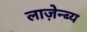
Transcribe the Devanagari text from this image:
लाज़ेन्ब्य